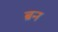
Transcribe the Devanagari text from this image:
ब्रन